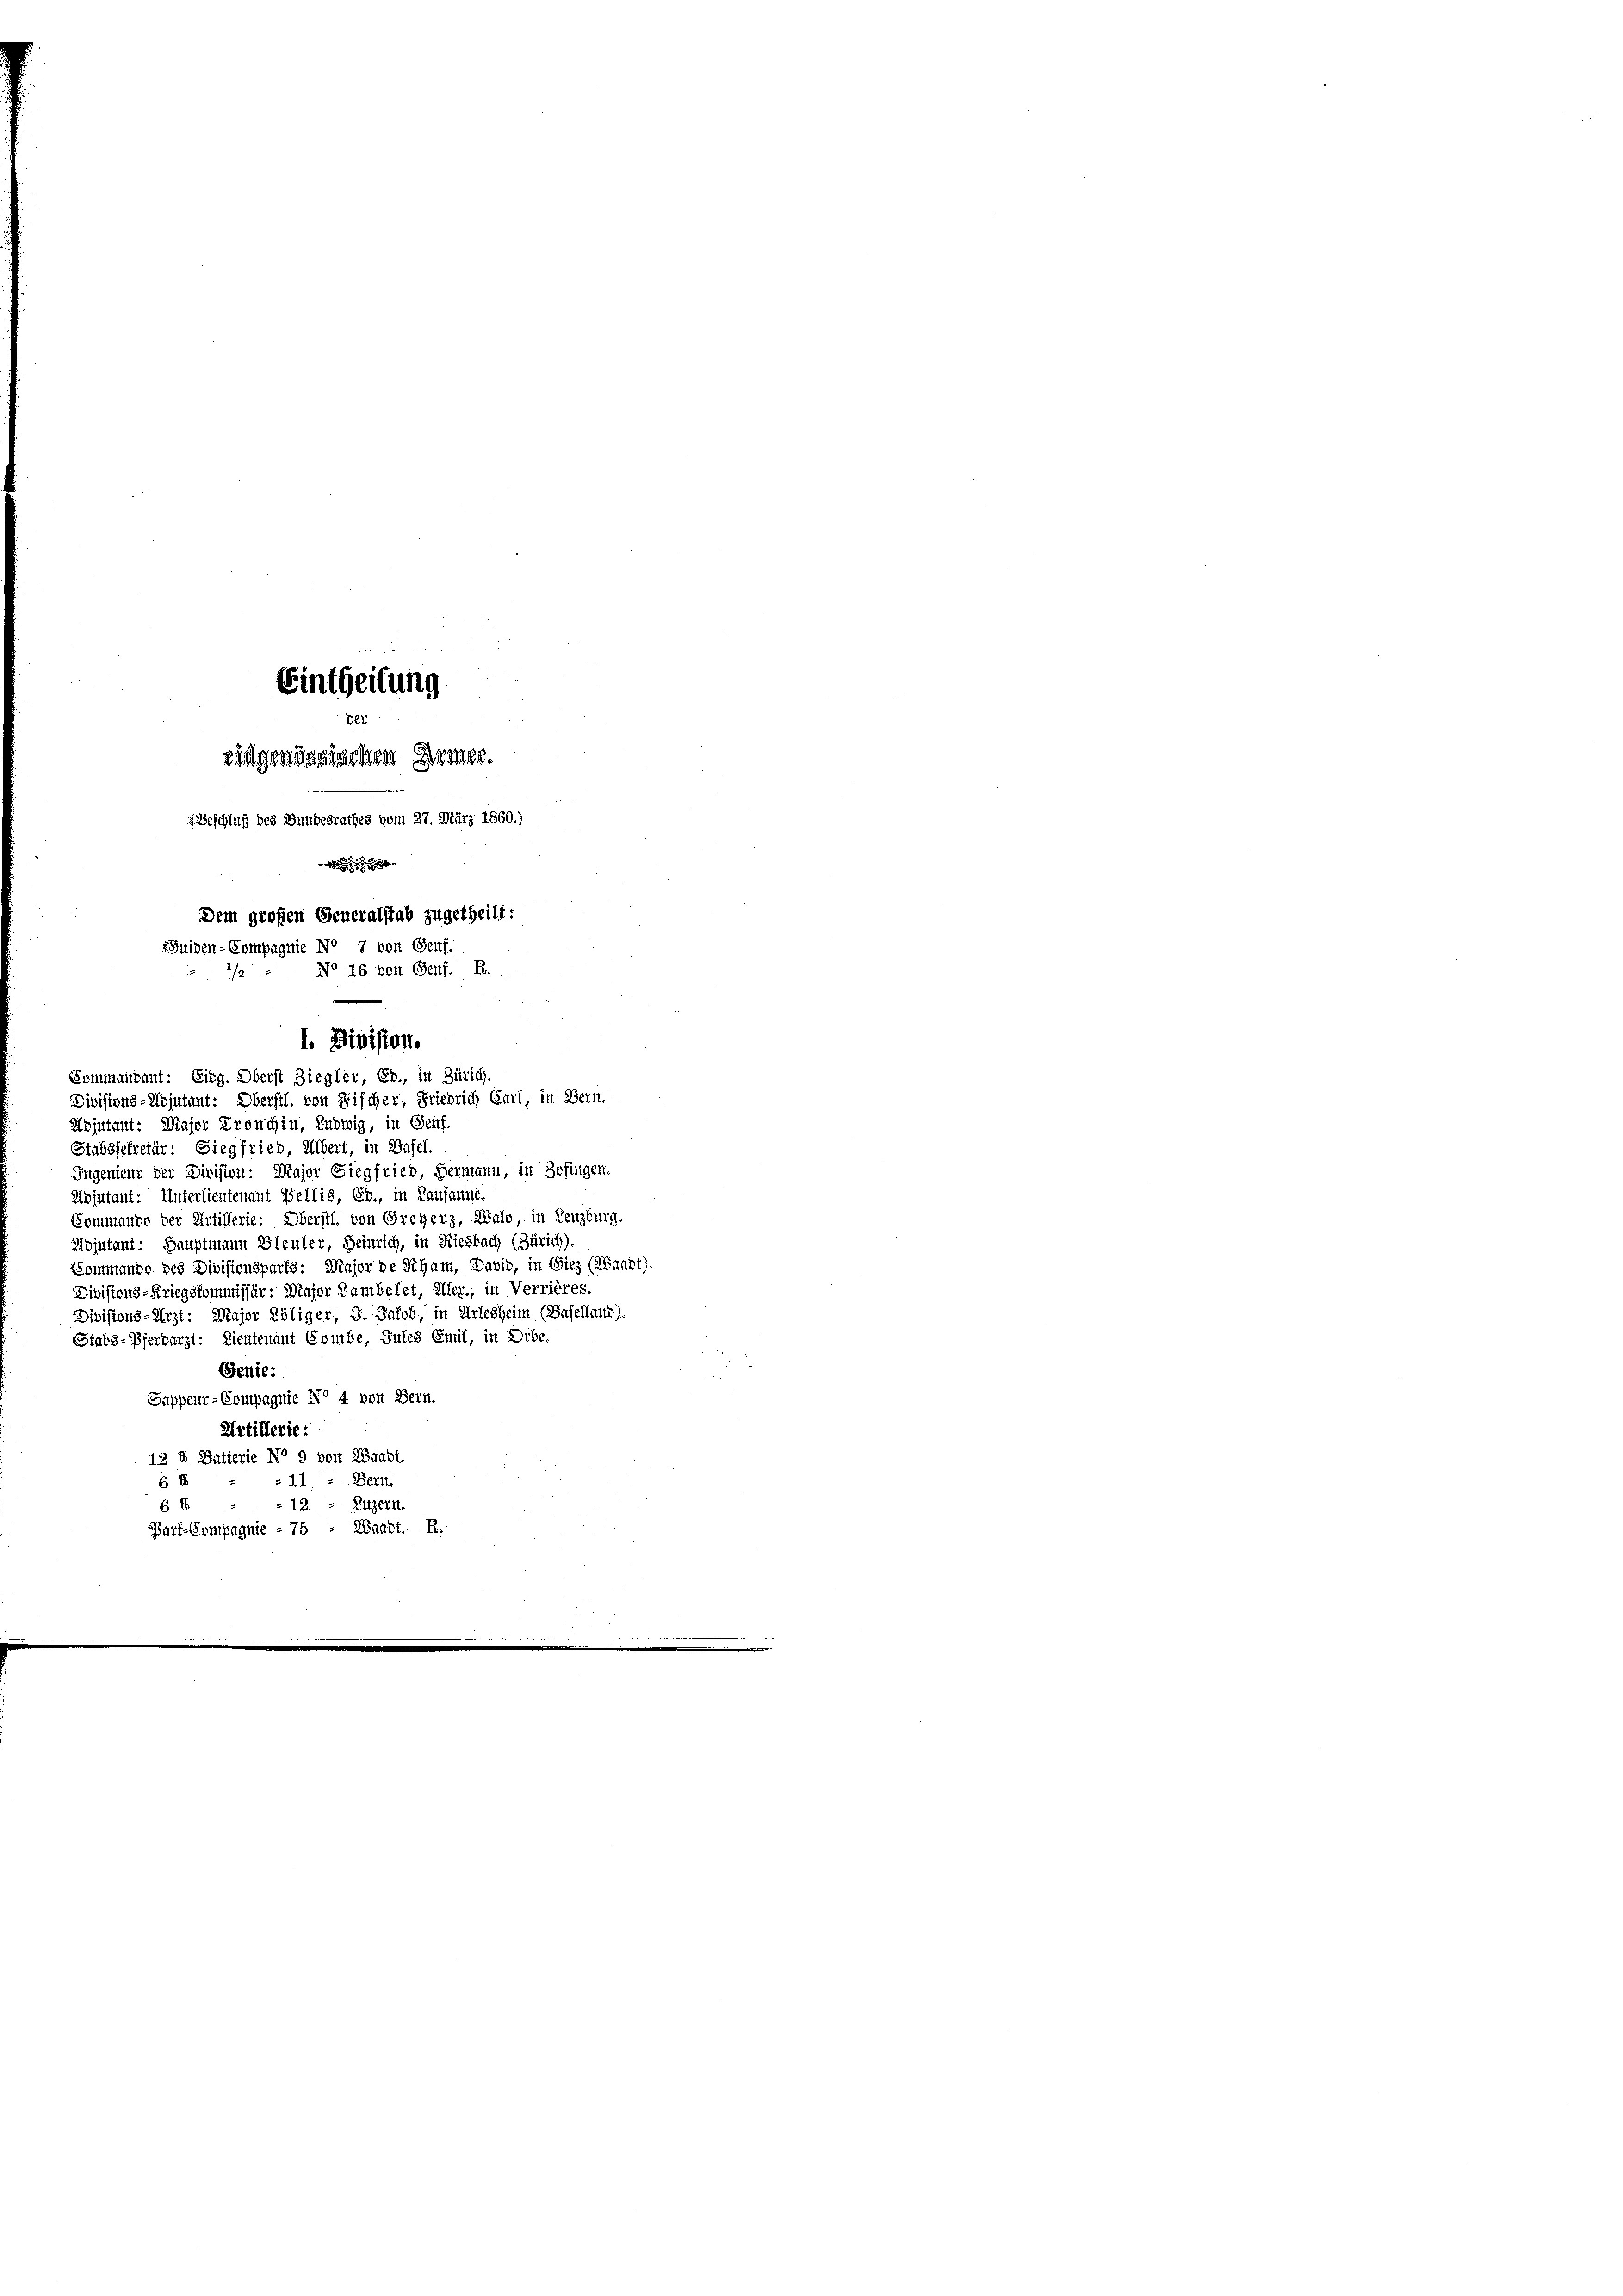
Eintheilung
de
eidgenössischen Armee.
Beschluß des Bundesrathes vom 27. März 1860.)

Dem großen Generalstab zugetheilt:
Buiden-Compagnie No 7 von Genf.
No 16 von Genf. R.
2
1. Division.

Bommandant: Eibg. Oberst Ziegler, Eb., in Zürich.
Divisions-Kojutant: Oberstl. von Fischer, Friedrich Carl, in Bern.
Adjutant: Major Fronchin, Ludwig, in Genf.
Stabssekretär: Siegfried, Albert, in Basel.
Ingenieur der Division: Major Siegfried, Hermann, in Zofingen.
Adjutant: Unterlieutenant Bellis, Eb., in Lausanne.
Sommando der Artillerie: Oberstl. von Greyerz, Wald, in Lenzbing.
Mojutant: Hauptmann Bleuler, Heinrich, in Riesbach (Zürich).
Kommando des Divisionsparts: Major de Rham, Dabis, in Giez (Wanbt).
Divistons-Kriegskommissär: Major Lambelet, Aller, in Verrières.
Divisions-Arzt: Major Röliger, 3. Jakob, in Arlesheim (Baselland)
Stabs-Pferbarzt: Lieutenant Combe, Jules Emil, in Erbe.
Benie:
Sappeur-Compagnie No 4 von Bern.
Artillerie:
13 X Batterie No 9 von Waadt.
« 11. - Bern.
6 E
Luzern.
» 12.
6 E
Parf-Compagnie - 75 - Waadt. R